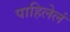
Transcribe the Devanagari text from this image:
पाहिलेलं